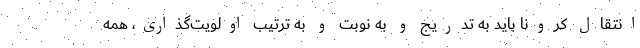
انتقال کرونا باید به تدریج و به نوبت و به ترتیب اولویت‌گذاری، همه